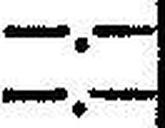
—.—